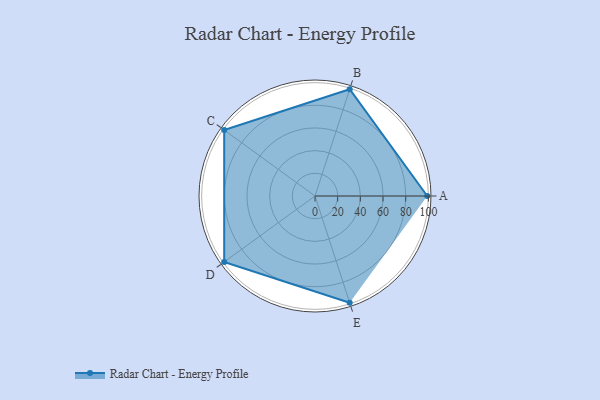
{"axis": {"x": "Skill", "y": "Score"}, "legend": ["Profile"], "data": [{"x": "A", "y": 99, "type": "Profile"}, {"x": "B", "y": 99, "type": "Profile"}, {"x": "C", "y": 99, "type": "Profile"}, {"x": "D", "y": 99, "type": "Profile"}, {"x": "E", "y": 99, "type": "Profile"}]}